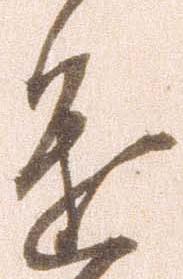
進